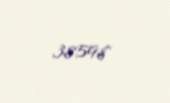
38598